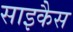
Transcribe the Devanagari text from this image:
साइकैस